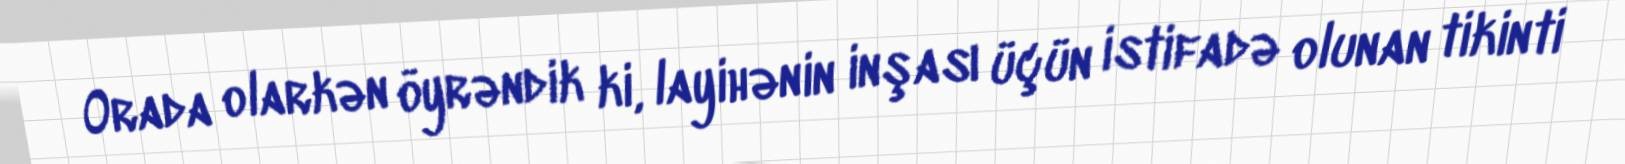
Orada olarkən öyrəndik ki, layihənin inşası üçün istifadə olunan tikinti